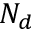
N _ { d }